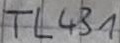
Text: TL431